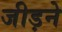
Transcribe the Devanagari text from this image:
जीड़ने